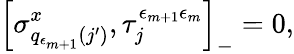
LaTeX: \left[\sigma_{q_{\epsilon_{m+1}}(j^{\prime})}^{x},\tau_{j}^{\epsilon_{m+1}\epsilon_{m}}\right]_{-}=0,